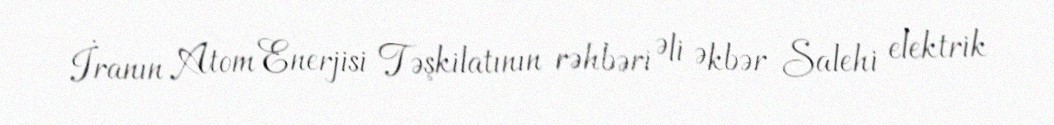
İranın Atom Enerjisi Təşkilatının rəhbəri Əli Əkbər Salehi elektrik